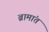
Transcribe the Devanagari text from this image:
ब्रामांत